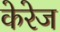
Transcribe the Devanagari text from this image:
केरेज